Indian journal of veterinary science and animal husbandry - Volumes 24-25, 1954-1955
Year: 1954
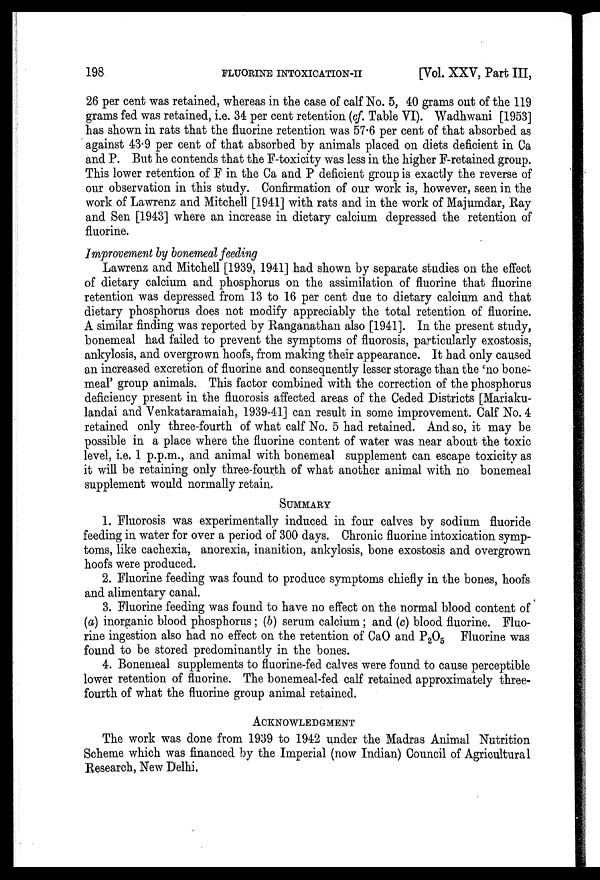
198
FLUORINE
INTOXICATION-II
[Vol. XXV, Part III,
26 per cent was retained, whereas in the case of calf No. 5, 40 grams out of the 119
grams fed was retained, i.e. 34 per cent retention (cf. Table VI). Wadhwani [1953]
has shown in rats that the fluorine retention was 57.6 per cent of that absorbed as
against 43.9 per cent of that absorbed by animals placed on diets deficient in Ca
and P. But he contends that the F-toxicity was less in the higher F-retained group.
This lower retention of F in the Ca and P deficient group is exactly the reverse of
our observation in this study. Confirmation of our work is, however, seen in the
work of Lawrenz and Mitchell [1941] with rats and in the work of Majumdar, Ray
and Sen [1943] where an increase in dietary calcium depressed the retention of
fluorine.
Improvement by bonemeal feeding
Lawrenz and Mitchell [1939, 1941] had shown by separate studies on the effect
of dietary calcium and phosphorus on the assimilation of fluorine that fluorine
retention was depressed from 13 to 16 per cent due to dietary calcium and that
dietary phosphorus does not modify appreciably the total retention of fluorine.
A similar finding was reported by Ranganathan also [1941]. In the present study,
bonemeal had failed to prevent the symptoms of fluorosis, particularly exostosis,
ankylosis, and overgrown hoofs, from making their appearance. It had only caused
an increased excretion of fluorine and consequently lesser storage than the 'no bone-
meal' group animals. This factor combined with the correction of the phosphorus
deficiency present in the fluorosis affected areas of the Ceded Districts [Mariaku-
landai and Venkataramaiah, 1939-41] can result in some improvement. Calf No. 4
retained only three-fourth of what calf No. 5 had retained. And so, it may be
possible in a place where the fluorine content of water was near about the toxic
level, i.e. 1 p.p.m., and animal with bonemeal supplement can escape toxicity as
it will be retaining only three-fourth of what another animal with no bonemeal
supplement would normally retain.
SUMMARY
1. Fluorosis was experimentally induced in four calves by sodium fluoride
feeding in water for over a period of 300 days. Chronic fluorine intoxication symp-
toms, like cachexia, anorexia, inanition, ankylosis, bone exostosis and overgrown
hoofs were produced.
2. Fluorine feeding was found to produce symptoms chiefly in the bones, hoofs
and alimentary canal.
3. Fluorine feeding was found to have no effect on the normal blood content of
(a) inorganic blood phosphorus; (b) serum calcium; and (c) blood fluorine. Fluo-
rine ingestion also had no effect on the retention of CaO and P 2 O 5 Fluorine was
found to be stored predominantly in the bones.
4. Bonemeal supplements to fluorine-fed calves were found to cause perceptible
lower retention of fluorine. The bonemeal-fed calf retained approximately three-
fourth of what the fluorine group animal retained.
ACKNOWLEDGMENT The work was done from 1939 to 1942 u
Scheme which was financed by the Imperial (now Indian) Council of Agricultural
Research, New Delhi.